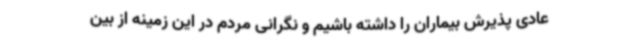
عادی پذیرش بیماران را داشته باشیم و نگرانی مردم در این زمینه از بین